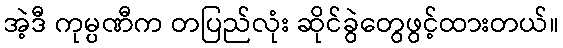
အဲ့ဒီ ကုမ္ပဏီက တပြည်လုံး ဆိုင်ခွဲတွေဖွင့်ထားတယ်။